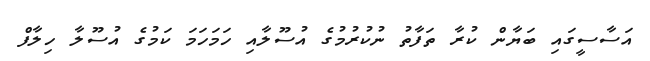
އަސާސީގައި ބަޔާން ކުރާ ތަފާތު ނުކުރުމުގެ އުސޫލާއި ހަމަހަމަ ކަމުގެ އުސޫލާ ހިލާފް